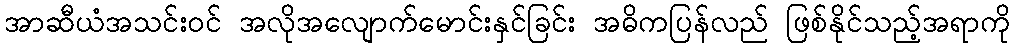
အာဆီယံအသင်းဝင် အလိုအလျောက်မောင်းနှင်ခြင်း အဓိကပြန်လည် ဖြစ်နိုင်သည့်အရာကို